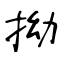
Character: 拗